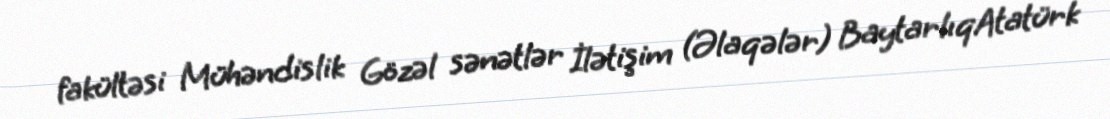
fakültəsi Mühəndislik Gözəl sənətlər İlətişim (Əlaqələr) BaytarlıqAtatürk